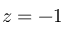
z = - 1